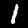
Label: 1